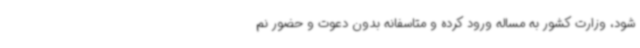
شود، وزارت کشور به مساله ورود کرده و متاسفانه بدون دعوت و حضور نم